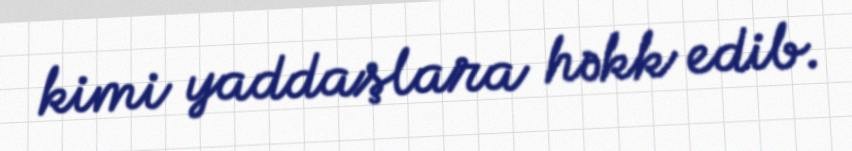
kimi yaddaşlara həkk edib.